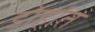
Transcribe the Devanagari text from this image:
डोहांत